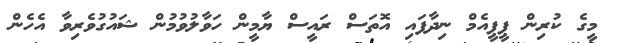
މީގެ ކުރިން ޕީޕީއެމް ނިދާފައި އޮތަސް ރައީސް ޔާމީން ހަވާލުވުމުން ޝައުގުވެރިވާ އެހެން